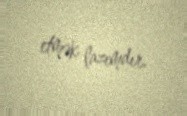
etmək lazımdır.